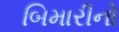
બિમારીનો